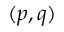
( p , q )